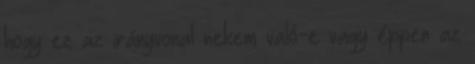
hogy ez az irányvonal nekem való-e vagy éppen az